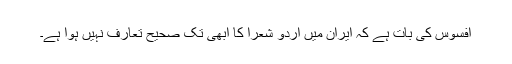
افسوس کی بات ہے کہ ایران میں اردو شعرا کا ابھی تک صحیح تعارف نہیں ہوا ہے۔